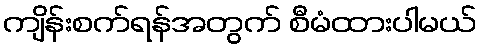
ကျိန်းစက်ရန်အတွက် စီမံထားပါမယ်